65_HS1-834228961_62-HQ-83894_Section_6
Agency: FBI
Page 93
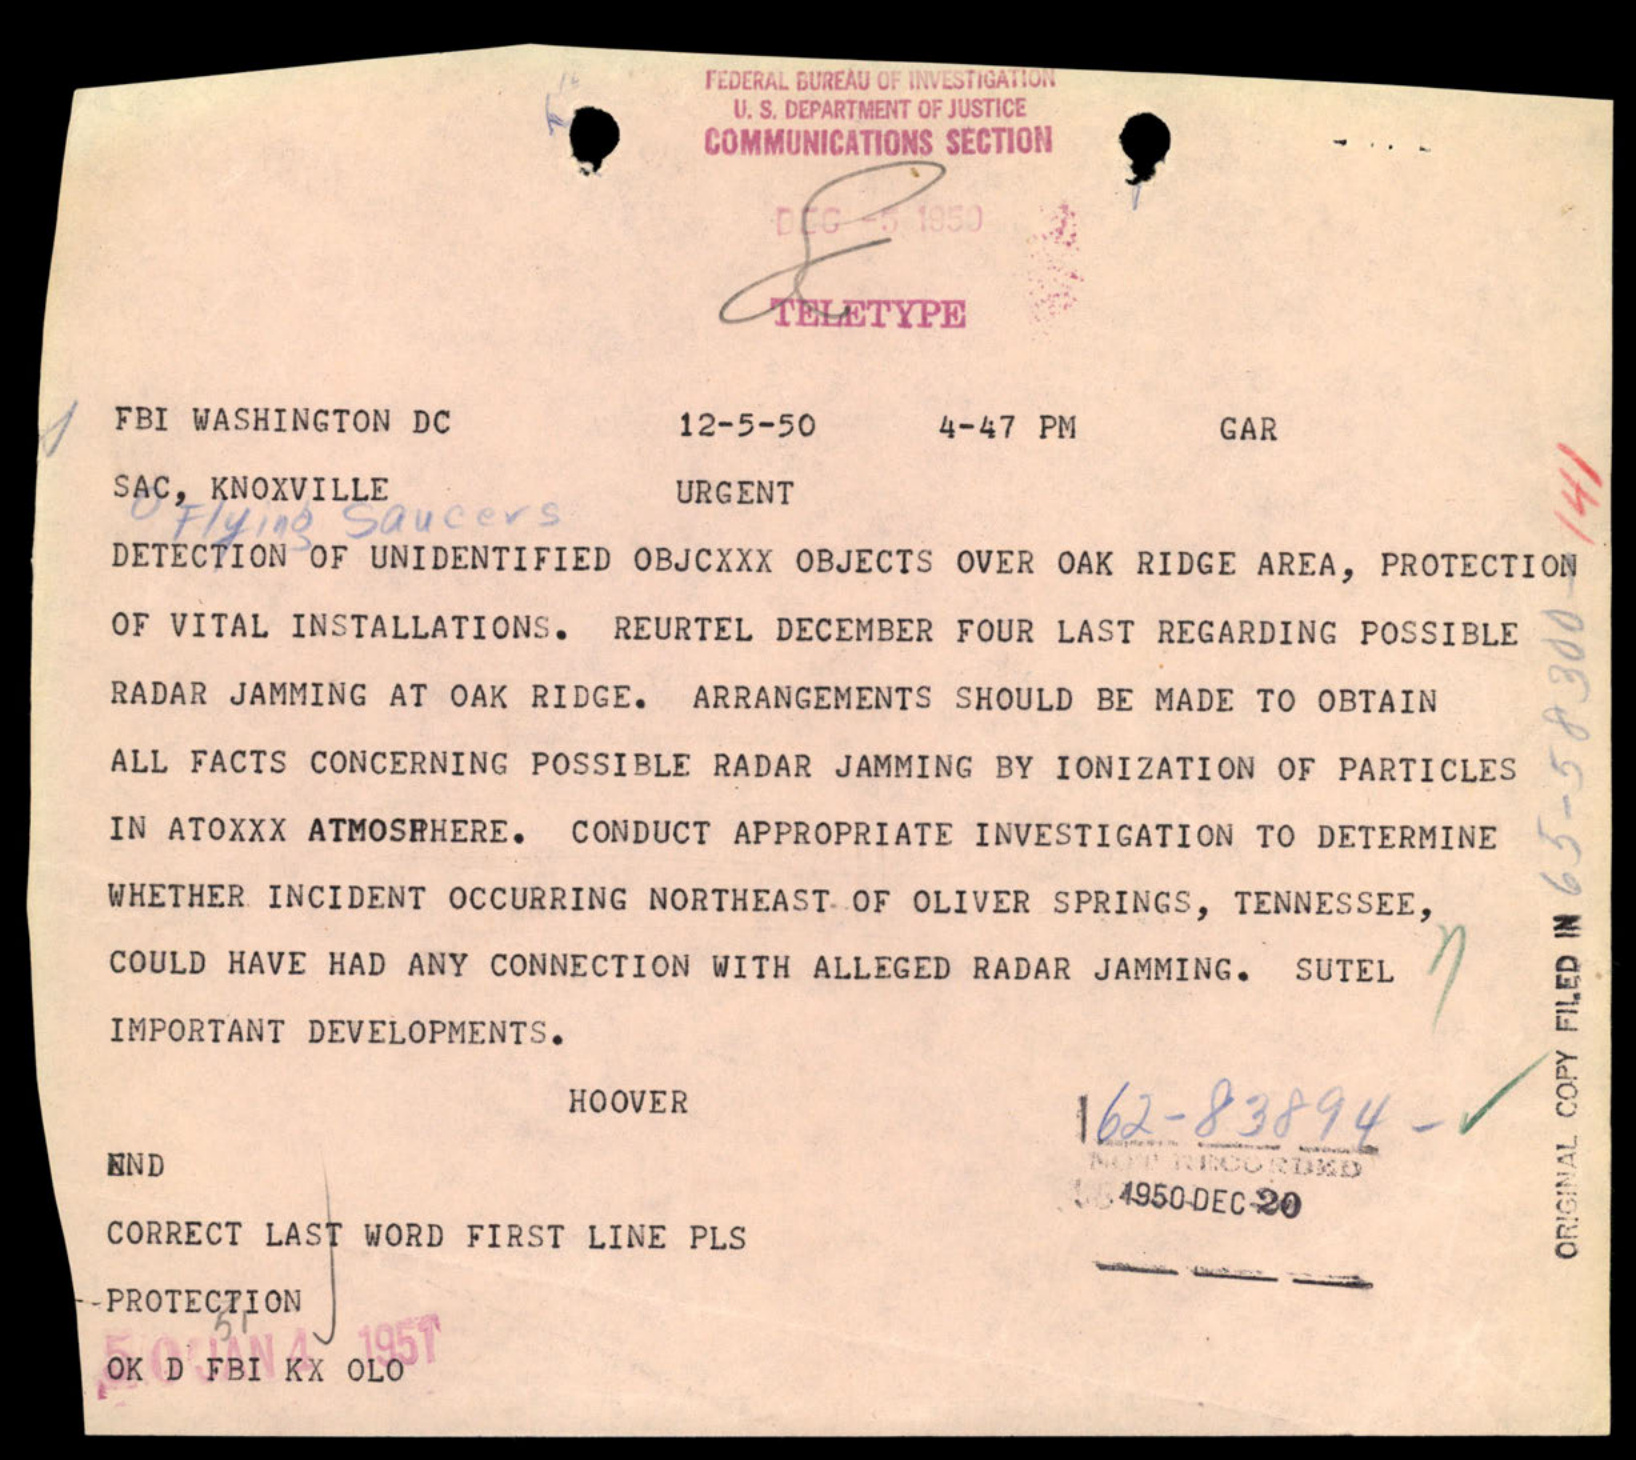